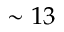
\sim 1 3